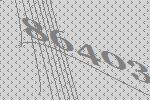
86403